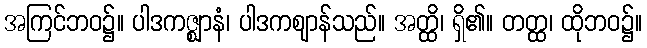
အကြင်ဘဝ၌။ ပါဒကဇ္ဈာနံ၊ ပါဒကဈာန်သည်။ အတ္ထိ၊ ရှိ၏။ တတ္ထ၊ ထိုဘဝ၌။